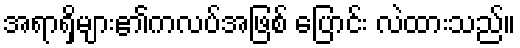
အရာရှိများ၏ကလပ်အဖြစ် ပြောင်း လဲထားသည်။